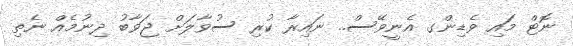
ނޮޓް މައި ވެޑިންގ އެނީވޭސް.. ނައިރާ ކުރި ސުވާލަށް ޖަވާބު ދިނުމެއް ނެތި